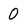
Character: 0